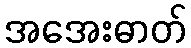
အအေးဓာတ်